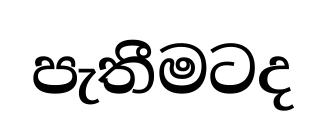
පැතීමටද